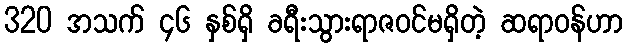
320 အသက် ၄၆ နှစ်ရှိ ခရီးသွားရာဇဝင်မရှိတဲ့ ဆရာဝန်ဟာ